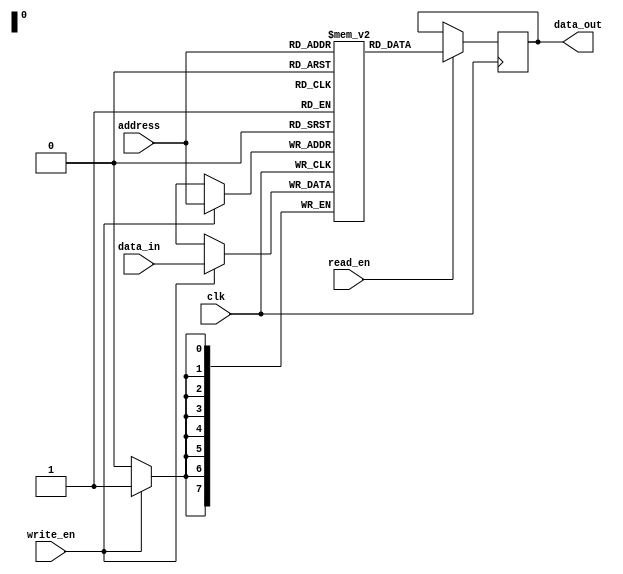
module RAM (
    input wire [7:0] address,
    input wire [7:0] data_in,
    input wire read_en,
    input wire write_en,
    input wire clk,
    output reg [7:0] data_out
);

reg [7:0] memory [0:255]; // Internal array to store data values at each memory address

always @(posedge clk) begin
    if (read_en) begin
        data_out <= memory[address];
    end
    if (write_en) begin
        memory[address] <= data_in;
    end
end

endmodule